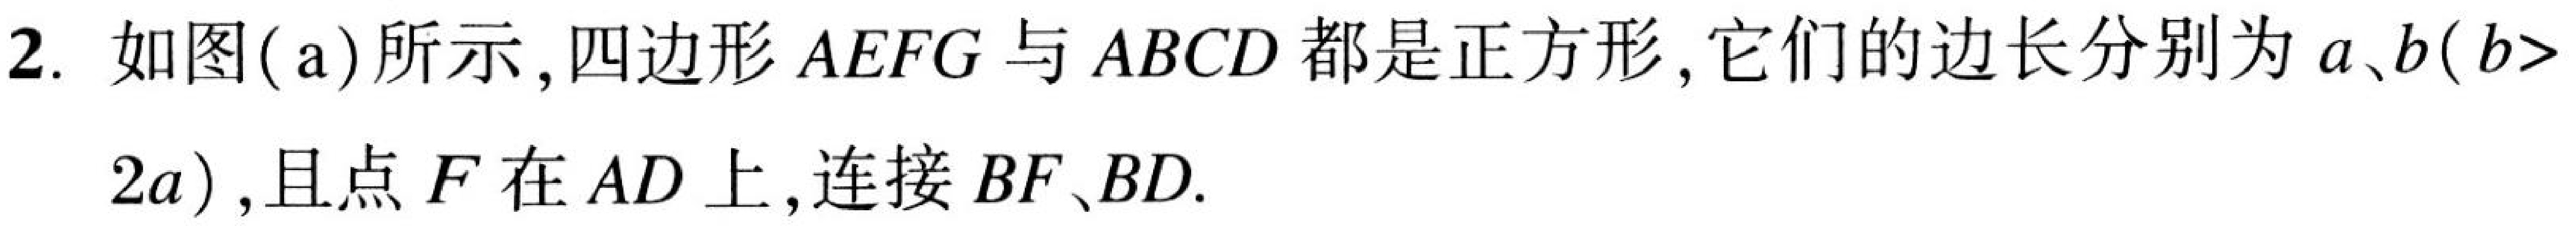
2. 如图(a)所示, 四边形\(AEFG\)与\(ABCD\)都是正方形, 它们的边长分别为\(a、b(b > 2a)\), 且点\(F\)在\(AD\)上, 连接\(BF、BD\).